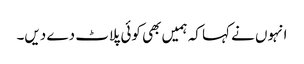
انہوں نے کہا کہ ہمیں بھی کوئی پلاٹ دے دیں۔